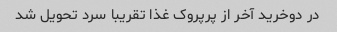
در دو‌خرید آخر از پرپروک غذا تقریبا سرد تحویل شد